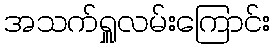
အသက်ရှူလမ်းကြောင်း